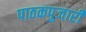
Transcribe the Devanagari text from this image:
पाठकपुजारी